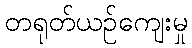
တရုတ်ယဉ်ကျေးမှု